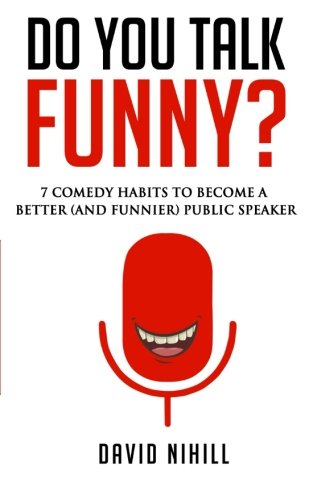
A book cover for Do You Talk Funny? 7 Comedy Habits to Become a Better (and Funnier) Public Speaker; David Nihill; Business & Money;